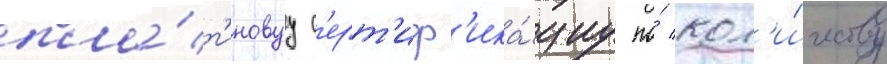
пла́т'иновуу с'ерт'иф'ика́циу по́ кол'и́честву